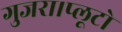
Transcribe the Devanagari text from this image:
गुजरा।प्लूटो